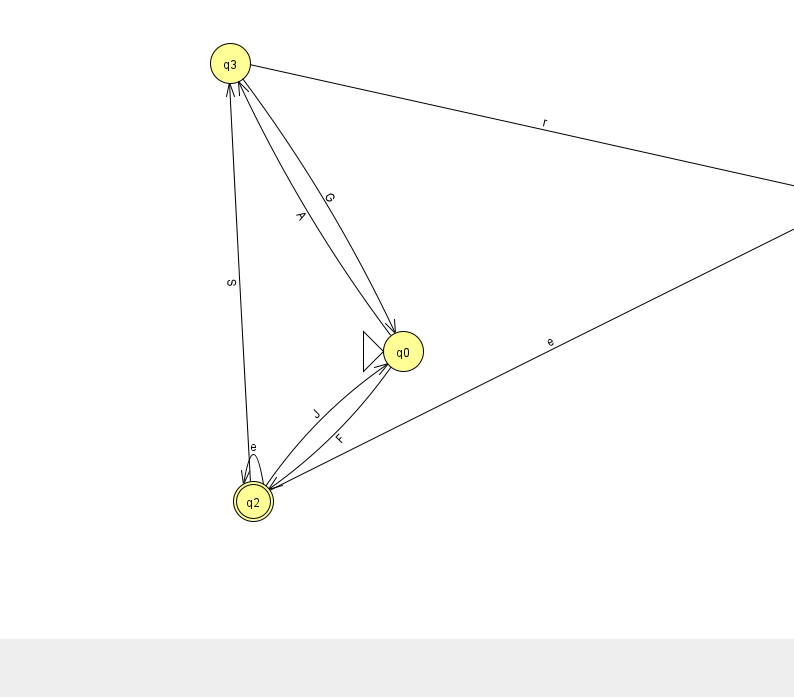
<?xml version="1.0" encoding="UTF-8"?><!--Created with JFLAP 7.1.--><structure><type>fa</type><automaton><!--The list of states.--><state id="0" name="q0"><x>403.0</x><y>338.0</y><initial/></state><state id="1" name="q1"><x>855.0</x><y>188.0</y></state><state id="2" name="q2"><x>253.0</x><y>488.0</y><final/></state><state id="3" name="q3"><x>230.0</x><y>50.0</y></state><!--The list of transitions.--><transition><from>2</from><to>0</to><read>J</read></transition><transition><from>0</from><to>3</to><read>A</read></transition><transition><from>2</from><to>1</to><read>e</read></transition><transition><from>2</from><to>2</to><read>e</read></transition><transition><from>3</from><to>0</to><read>G</read></transition><transition><from>2</from><to>3</to><read>S</read></transition><transition><from>0</from><to>2</to><read>F</read></transition><transition><from>3</from><to>1</to><read>r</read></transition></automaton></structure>